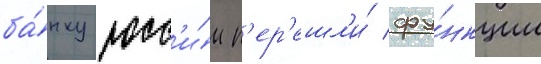
ба́нку росс'и́и п'ер'ешл'и́ фу́нкции